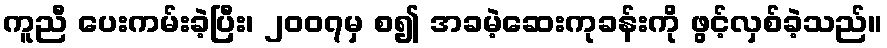
ကူညီ ပေးကမ်းခဲ့ပြီး၊ ၂၀၀၇မှ စ၍ အခမဲ့ဆေးကုခန်းကို ဖွင့်လှစ်ခဲ့သည်။